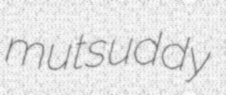
mutsuddy